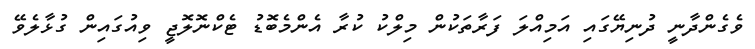
ވެގެންދާނީ ދުނިޔޭގައި އަމިއްލަ ފަރާތަކުން މިލްކު ކުރާ އެންމެބޮޑު ޓެކްނޮލޮޖީ ވިއުގައިން ގުޅާލެވޭ